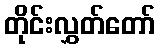
တိုင်းလွှတ်တော်